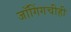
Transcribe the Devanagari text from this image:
जॉगिंगचीही